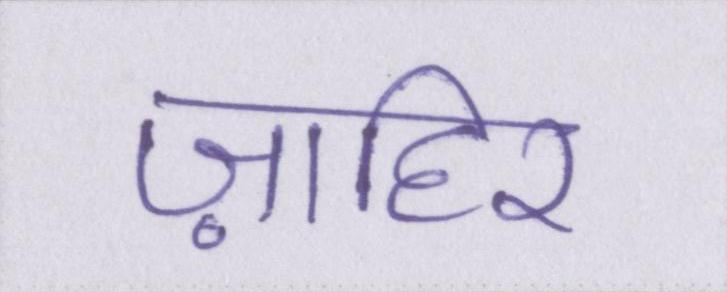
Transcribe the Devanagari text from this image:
ज़ाहिर